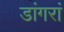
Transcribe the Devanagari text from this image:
डांगरां